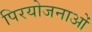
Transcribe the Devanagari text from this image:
पिरयोजनाओं